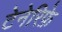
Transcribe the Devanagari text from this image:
टेनेरिफ़े